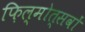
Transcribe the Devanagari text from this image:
फ़िल्मोत्सवों